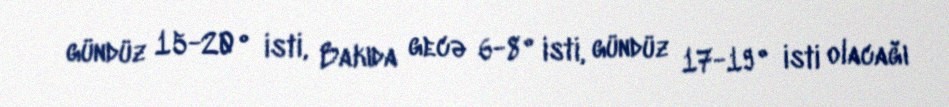
gündüz 15-20° isti, Bakıda gecə 6-8° isti, gündüz 17-19° isti olacağı